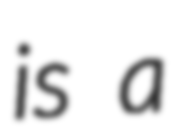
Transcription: is a